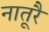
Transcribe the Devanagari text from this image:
नातूरै